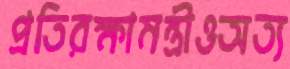
প্রতিরক্ষামন্ত্রীওঅত্য